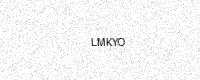
Text: LMKYO